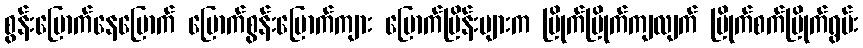
စွန်းပြောက်နေပြောက် ပြောက်စွန်းပြောက်ကျား ပြောက်ပြိန်းများက ပြိုက်ပြိုက်ကျလျက် ပြိုက်စက်ပြိုက်ရွမ်း